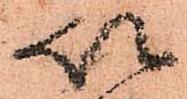
以